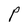
Character: P